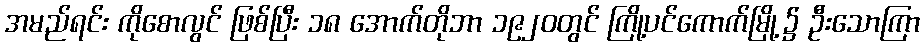
အမည်ရင်း ကိုစောလွင် ဖြစ်ပြီး ၁၈ အောက်တိုဘာ ၁၉၂၀တွင် ကြို့ပင်ကောက်မြို့၌ ဦးသောကြာ